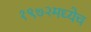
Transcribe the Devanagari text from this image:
१९७२मध्येच